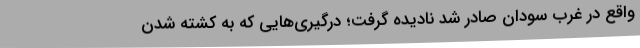
واقع در غرب سودان صادر شد نادیده گرفت؛ درگیری‌هایی که به کشته شدن